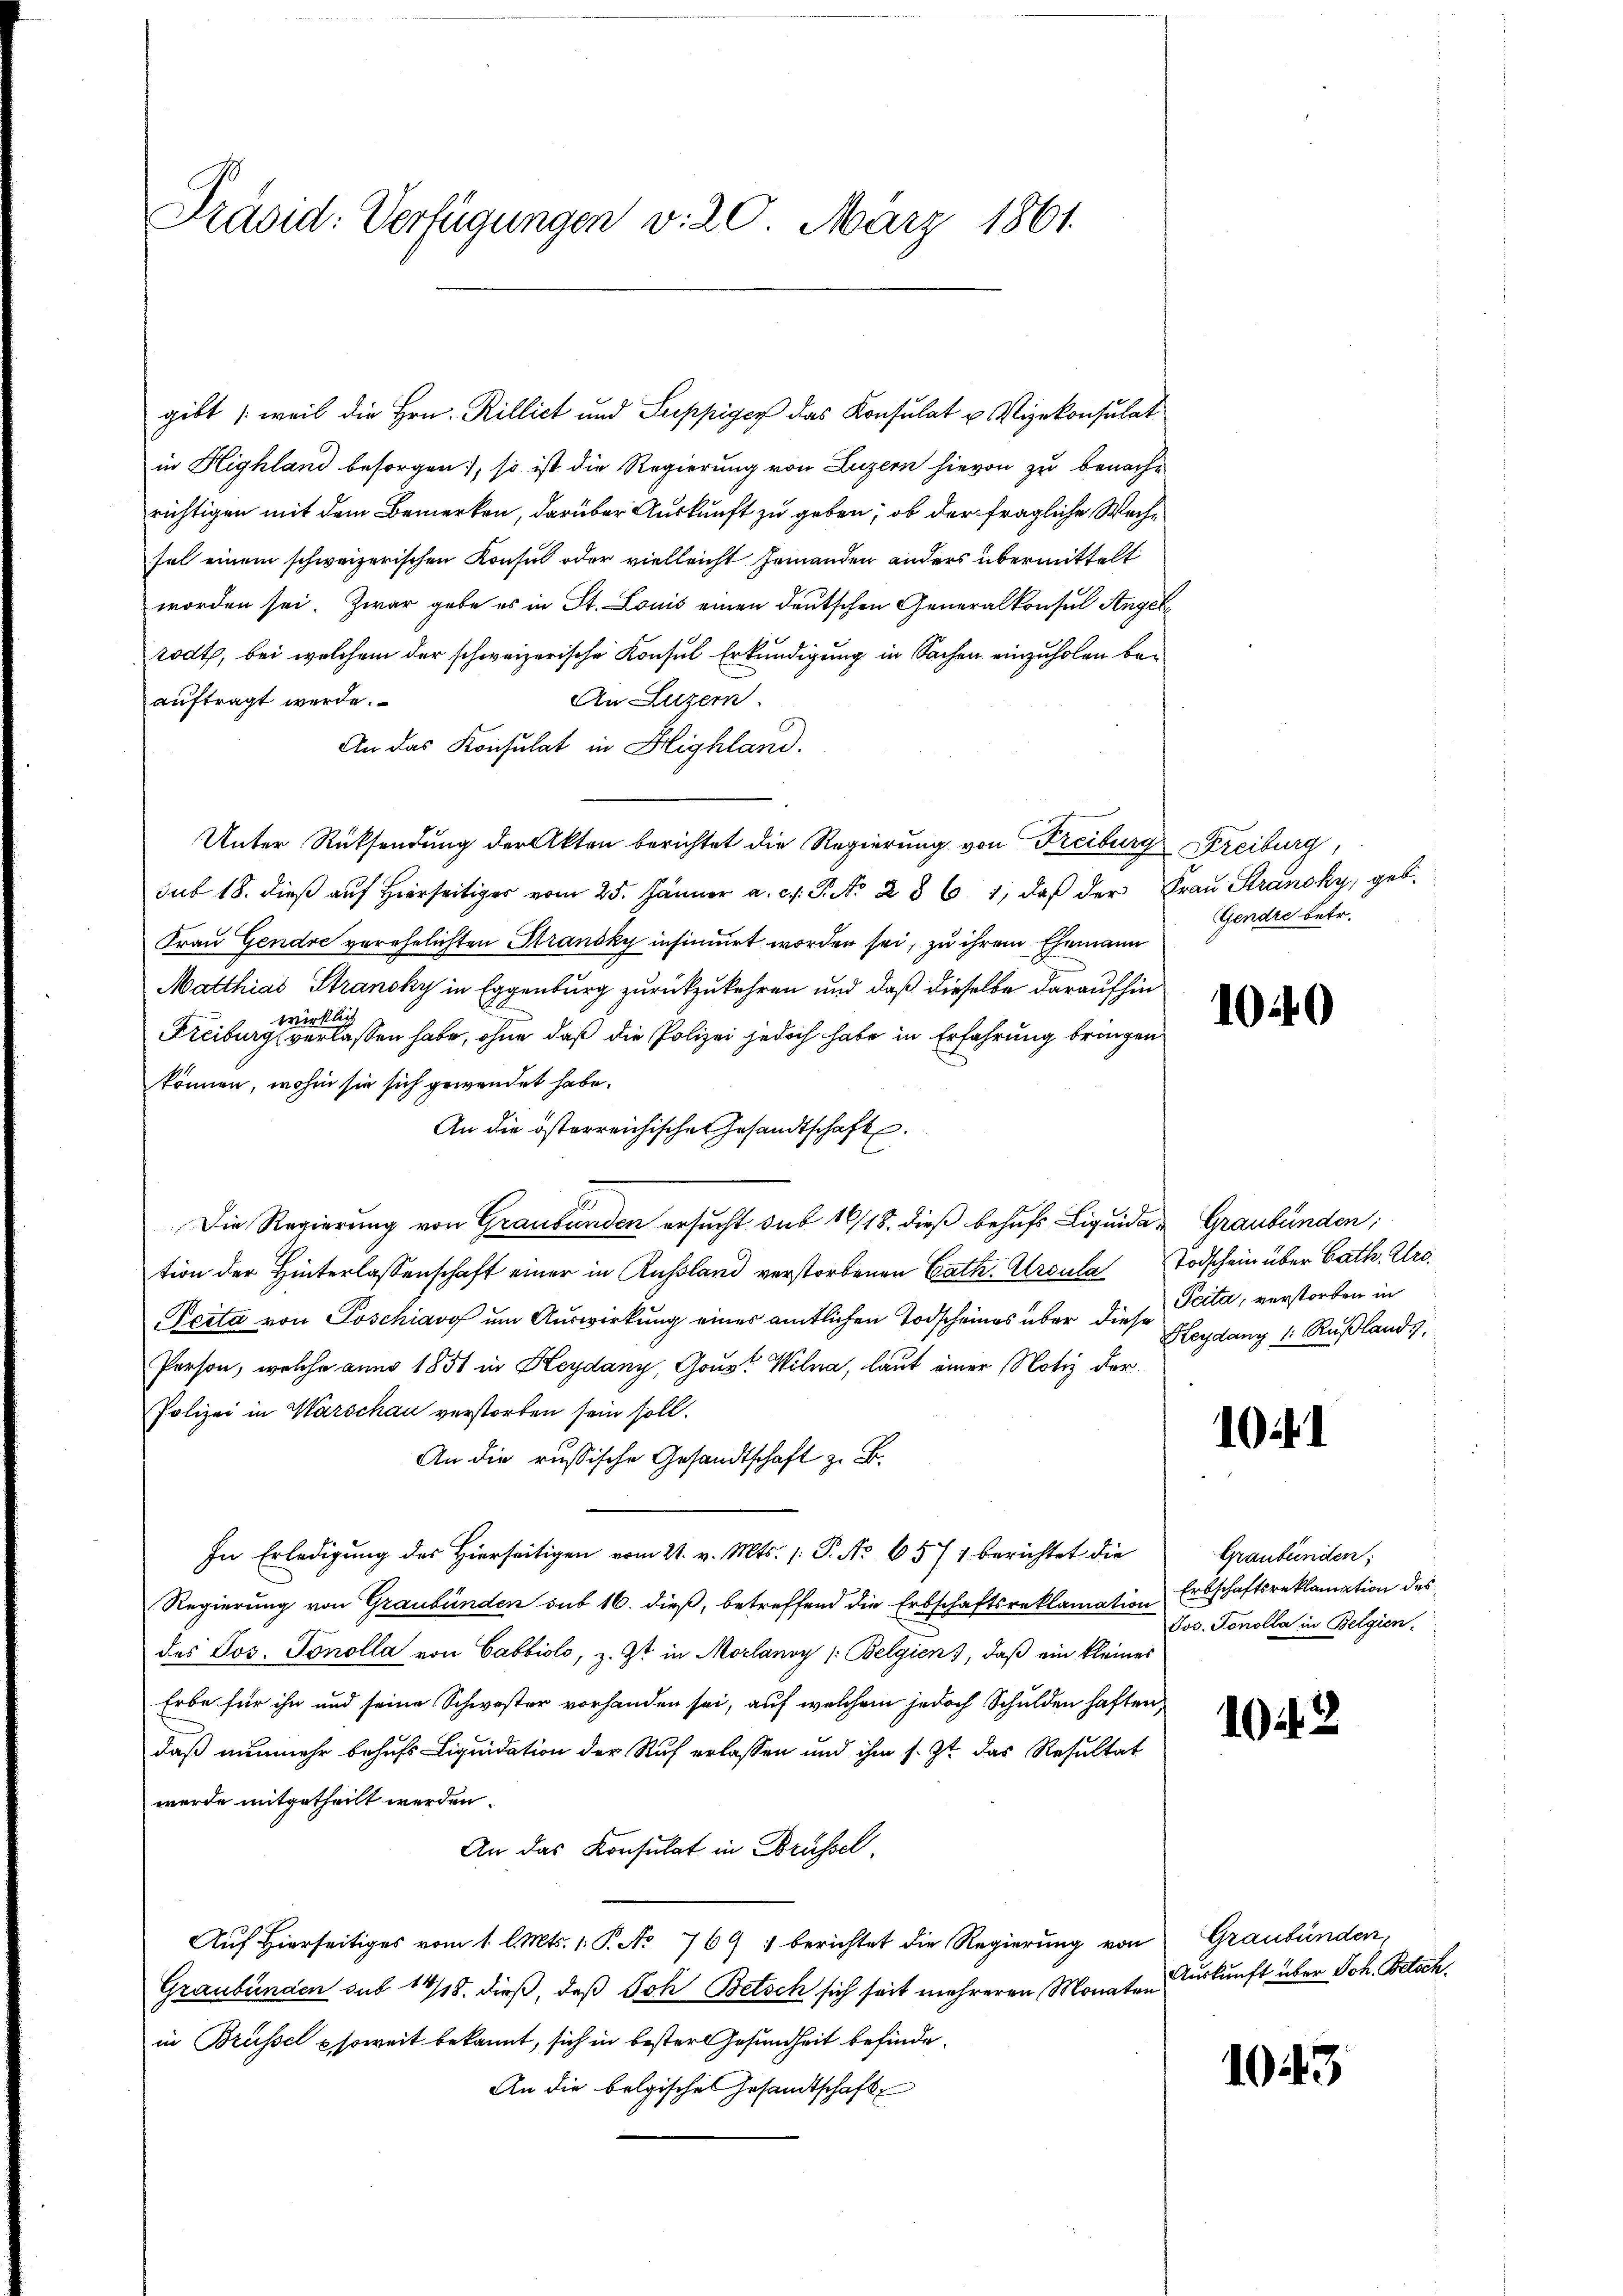
Präsid: Verfügungen v. 20. März 1861.

gibt (weil die Hrn. Rillict und Suppiges das Konsulat u. Vizekonsulat
in Highland besorgen, so ist die Regierung von Luzern hievon zu benachrichtigen mit dem Bemerken, darüber Auskunft zu geben, ob der fragliche Wechsel einem schweizerischen Konsul oder vielleicht Jemanden anders übermittelt
worden sei. Zwar gebe es in St. Louis einen deutschen Generalkonsul Angele
todt, bei welchem der schweizerische Konsul Erkundigung in Sachen einzuholen beauftragt werde.
An Luzern.
An das Konsulat in Highland.
Unter Rücksendung der Akten berichtet die Regierung von Freiburg Freiburg,
sub 18. dieß auf hierseitig vom 25. Jänner a. c. P. No 236 1, daβ der Frau Strancky, geb.
Frau Gendre verehelichten Stransky insinuirt worden sei, zu ihrem Ehemauer
Matthias Stransky in Eggenburg zurückzukehren und daß dieselbe daraufhin
Kais
wer
Freiburg verlassen habe, ohne daß die Polizei jedoch habe in Erfahrung bringen
können, wohin sie sich gewendet habe.
An die österreichischen Gesandtschaft.
Die Regierung von Graubünden ersucht sub 16/18. dieß behufs Liquidat Graubünden;
tion der Hinterlassenschaft einer in Russland verstorbenen Cath. Ursula Todschein über Cath. Pro¬
Peita von Poschiavo um Auswirkung einer amtlichen Todscheines über diese Pcita, verstorben in
Person, welche anno 1851 in Heydany, Gous? Wilna, laut einer Notiz der
Polizei in Warschau verstorben sein soll.
An die russische Gesandtschaft z. B.
In Erledigung des Hierseitigen vom 21. v. Mts. 1. P. No 6571 berichtet die
Regierung von Graubünden sub 16. dieß, betreffend die Erbschaftsreklamation Erdschaftsreklamation des
des Jos. Tonolla von Cabbiolo, z. Zt. in Morlanoy /: Belgien, daß ein kleines
Erbe für ihn und seine Schwester vorhanden sei, auf welchem jedoch Schulden haften,
daß nunmehr behufs Liquidation der Ruf erlassen und ihm s. Zt. das Resultat
wurde mitgetheilt werden.
An das Konsulat in Brüssel,
Auf Hierseitiges vom 1. l. Mts. 1. P. No. 769 1 berichtet die Regierung von Graubünden,
Graubünden sub 14/18. dieß, daß Joh Betsch sich seit mehreren Monaten
in Brüssel soweit bekannt, sich in besterlesundheit befinde¬
An die belgisches Gesandtschaft

Gendre betr.

1040

Heydanz 1: Rußlands,

10 f 1

Graubünden;
Jos. Tonolla in Belgien-

104. 2

Auskunft über Joh. Betsch

1043